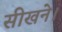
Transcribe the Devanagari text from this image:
सीखने।